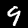
Digit: 9